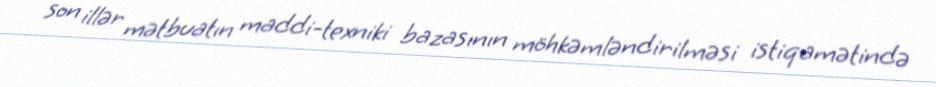
son illər mətbuatın maddi-texniki bazasının möhkəmləndirilməsi istiqamətində